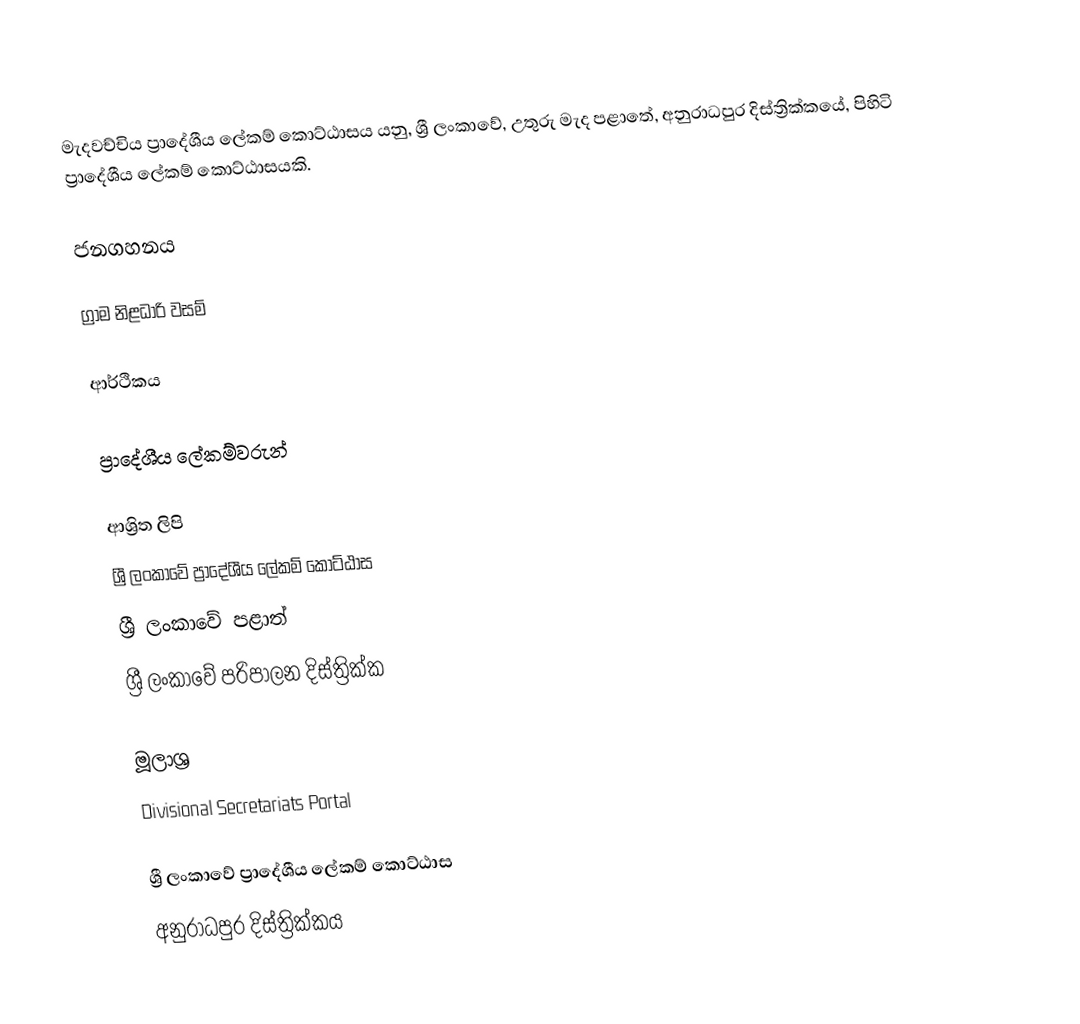
මැදවච්චිය ප්‍රාදේශීය ලේකම් කොට්ඨාසය යනු,  ශ්‍රී ලංකාවේ,  උතුරු මැද පළාතේ,   අනුරාධපුර දිස්ත්‍රික්කයේ, පිහිටි ප්‍රාදේශීය ලේකම් කොට්ඨාසයකි.

ජනගහනය

ග්‍රාම නිළධාරි වසම්

ආර්ථිකය

ප්‍රාදේශීය ලේකම්වරුන්

ආශ්‍රිත ලිපි
ශ්‍රී ලංකාවේ ප්‍රාදේශීය ලේකම් කොට්ඨාස
ශ්‍රී ලංකාවේ පළාත්
ශ්‍රී ලංකාවේ පරිපාලන දිස්ත්‍රික්ක

මූලාශ්‍ර
 Divisional Secretariats Portal

ශ්‍රී ලංකාවේ ප්‍රාදේශීය ලේකම් කොට්ඨාස
අනුරාධපුර දිස්ත්‍රික්කය